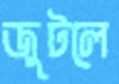
জুটলে